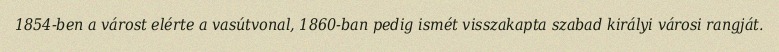
1854-ben a várost elérte a vasútvonal, 1860-ban pedig ismét visszakapta szabad királyi városi rangját.